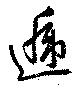
逓